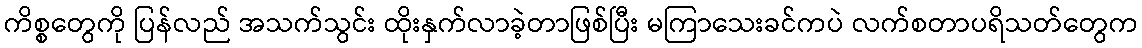
ကိစ္စတွေကို ပြန်လည် အသက်သွင်း ထိုးနှက်လာခဲ့တာဖြစ်ပြီး မကြာသေးခင်ကပဲ လက်စတာပရိသတ်တွေက